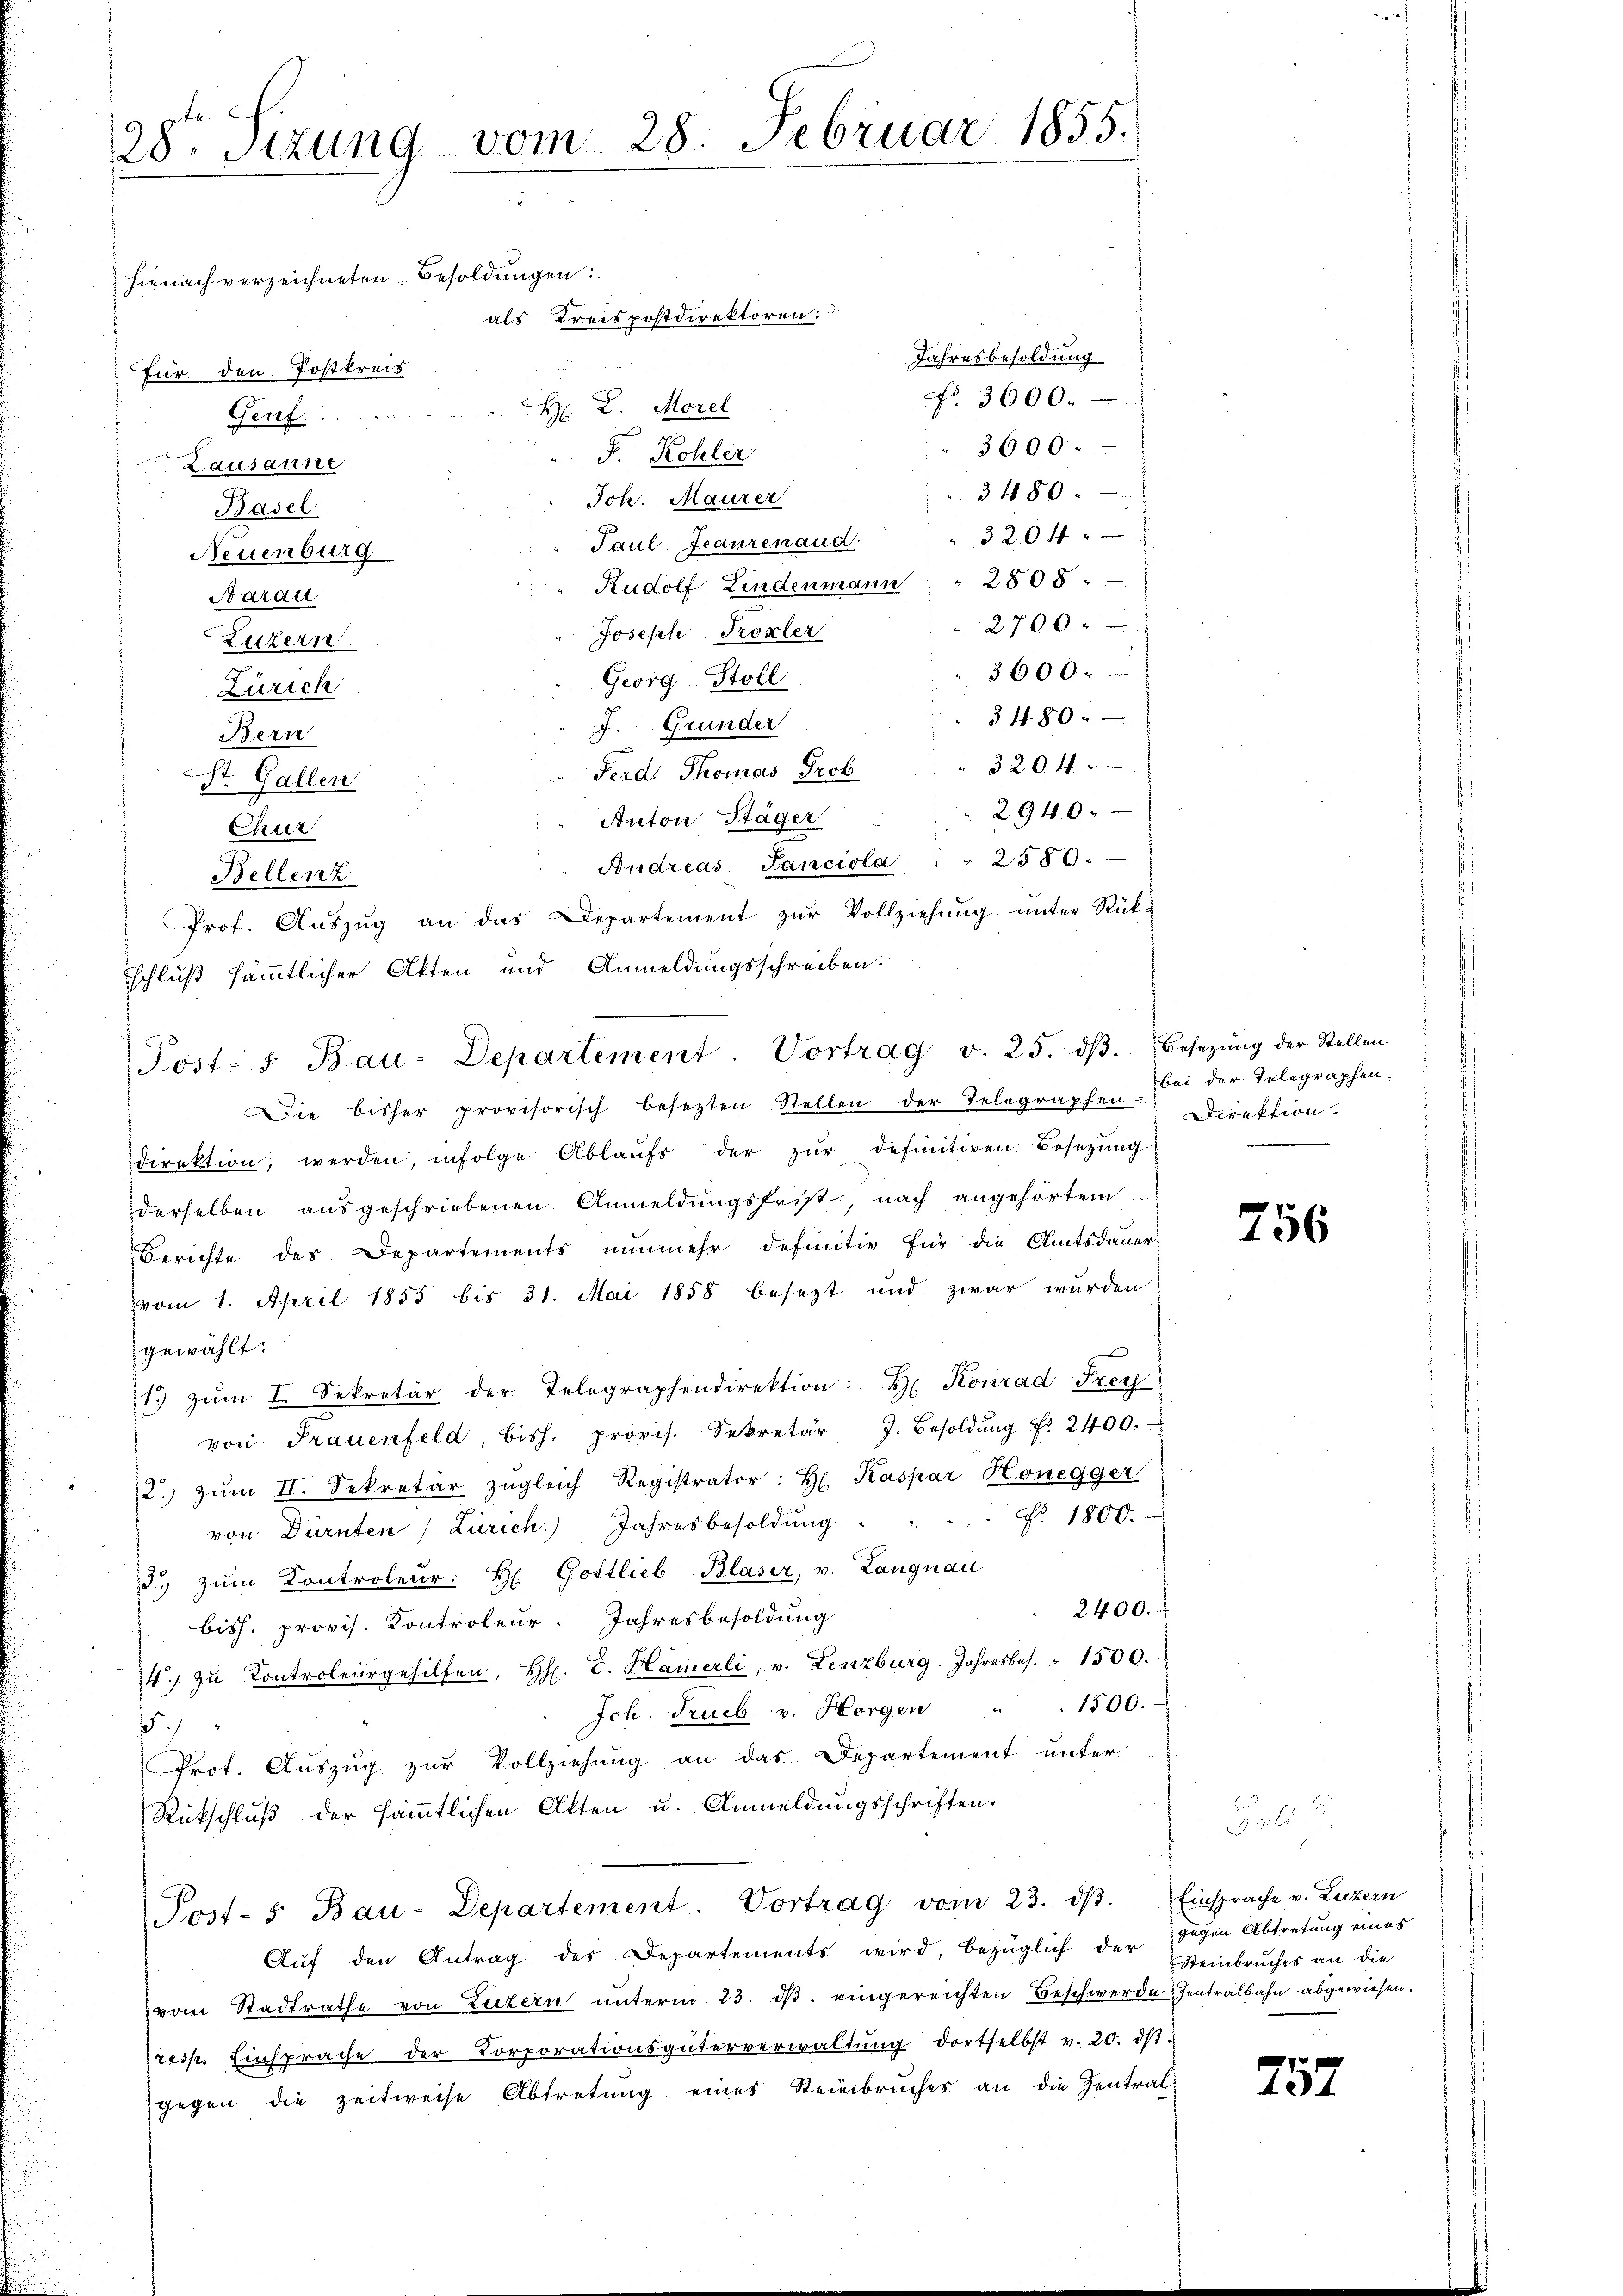
te.
28. Sizung vom 28. Februar 1855.

hienach verzeichneten Besoldungen:
als Kreispostdirektoren:
Jahresbesoldung
für den Postkreis
No. 3600.
H: K. Morel
Genf. . . . . .
3600.-
F. Kohler
Lausanne
3480.
Joh. Maurer
Basel
" 3204
Paul Feaurenaud.
Neuenburg
Rudolf Lindenmann " 2808.
Aarau
2700.
Joseph Koxler
Luzern
3600.
Georg Stoll
Zürich
§ 480.
J. Grunder
Bern
320. 4.
Ferd. Thomas Prob
St. Gallen
2940.
Anton Stäger
Chur
" " Andreas Sanciola " " 2589.
Bellenz
Prof. Aŭszŭg an das Departement zŭr Vollziehŭng ŭnter Rück-
schluß sämmtlicher Akten und Anmeldungsschreiben.
Die bisher provisorisch besezten Stellen der Telegraphen-
direktion werden, infolge Ablaufs der zŭr definitiven Besetzung
derselben ausgeschriebenen Anmeldungsfrist, nach angehörtem
Berichte des Departements nunmehr definitiv für die Amtsdauer-
vom 1. April 1855 bis 31. Mai 1858 besezt und zwar wurden
gewählt:
13 zŭm I. Sekretär der Telegraphendirektion: H. Konrad Frey
von Frauenfeld, bish. provis. Sekretär J. Besoldŭng Nr. 2400.
2. zŭm II. Sekretär zŭgleich Registrator: H. Kaspar Honegger
von Dürnten / Zürich. Jahresbesoldŭng . . . . . 1800.
3. zŭm Kontroleŭr: H Gottlieb Blaser, v. Langnau
2400.
bisch. provis. Kontroleur. Jahresbesoldung
4. zu Controleŭrgehilfen, H. E. Hamerli, v. Lenzburg. Jahresbes. " 1500.
Joh. Trueb. v. Horgen " " 1500.
5
Prot. Auszug zur Vollziehung an das Departement unter
Rückschluß der sämmtlichen Alten u. Anmeldungsschriften.
Post- 5. Bau-Departement. Vortrag vom 23. dβ. Einsprache v. Luzern
Aŭf den Antrag des Departements wird, bezüglich der gegen Abtretung eines
em Stadtrathe von Luzern unterm 23. dβ. eingereichten Beschwerde, Zentralbahn abgewiesen.
resp. Einsprache der Corporationsgüterverwaltŭng dortselbst v. 20. dβ.
gegen die zeitweise Abtretung eines Steinbruches an die Zentral

Post: s. Bau-Departement. Vortrag v. 25. dβ. Besetzŭng der Stellen

bei der Telegraphen-
Direktion.

756

Steinbruches an die

757